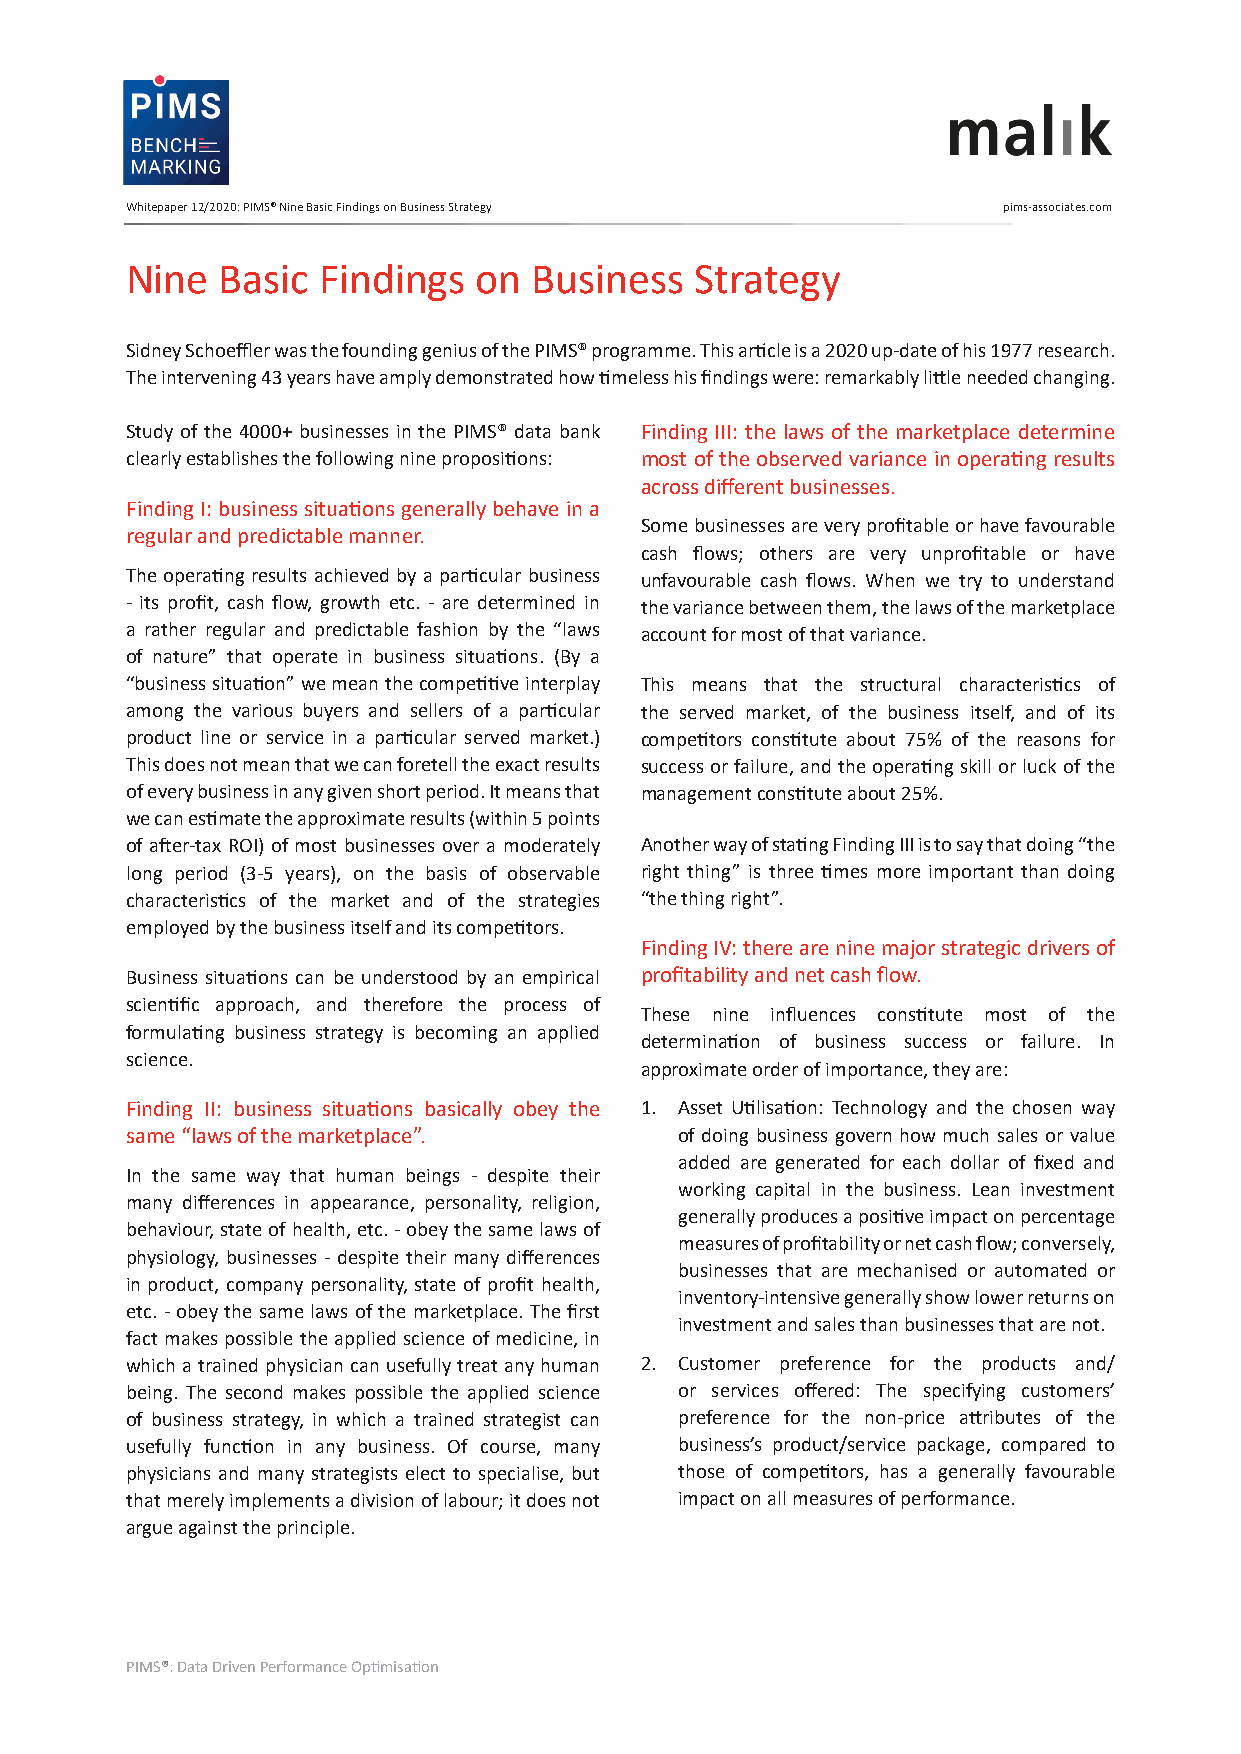
Whitepaper 12/2020: PIMS® Nine Basic Findings on Business Strategy pims-associates.com
 Nine  Basic  Findings   on Business   Strategy
 Sidney Schoeffler was the founding genius of the PIMS® programme. This article is a 2020 up-date of his 1977 research.
 The intervening 43 years have amply demonstrated how timeless his findings were: remarkably little needed changing.
 Study of the 4000+ businesses in the PIMS® data bank Finding III: the laws of the marketplace determine
 clearly establishes the following nine propositions: most of the observed variance in operating results
 across different businesses.
 Finding I: business situations generally behave in a
 Some businesses are very profitable or have favourable
 regular and predictable manner.
 cash flows; others are very unprofitable or have
 The operating results achieved by a particular business unfavourable cash flows. When we try to understand
 - its profit, cash flow, growth etc. - are determined in the variance between them, the laws of the marketplace
 a rather regular and predictable fashion by the “laws account for most of that variance.
 of nature” that operate in business situations. (By a
 “business situation” we mean the competitive interplay This means that the structural characteristics of
 among the various buyers and sellers of a particular the served market, of the business itself, and of its
 product line or service in a particular served market.) competitors constitute about 75% of the reasons for
 This does not mean that we can foretell the exact results success or failure, and the operating skill or luck of the
 of every business in any given short period. It means that management constitute about 25%.
 we can estimate the approximate results (within 5 points
 of after-tax ROI) of most businesses over a moderately Another way of stating Finding III is to say that doing “the
 long period (3-5 years), on the basis of observable right thing” is three times more important than doing
 characteristics of the market and of the strategies “the thing right”.
 employed by the business itself and its competitors.
 Finding IV: there are nine major strategic drivers of
 Business situations can be understood by an empirical profitability and net cash flow.
 scientific approach, and therefore the process of
 These nine influences constitute most of the
 formulating business strategy is becoming an applied
 determination of business success or failure. In
 science.
 approximate order of importance, they are:
 Finding II: business situations basically obey the 1. Asset Utilisation: Technology and the chosen way
 same “laws of the marketplace”.      of doing business govern how much sales or value
 added are generated for each dollar of fixed and
 In the same way that human beings - despite their
 working capital in the business. Lean investment
 many differences in appearance, personality, religion,
 generally produces a positive impact on percentage
 behaviour, state of health, etc. - obey the same laws of
 measures of profitability or net cash flow; conversely,
 physiology, businesses - despite their many differences
 businesses that are mechanised or automated or
 in product, company personality, state of profit health,
 inventory-intensive generally show lower returns on
 etc. - obey the same laws of the marketplace. The first
 investment and sales than businesses that are not.
 fact makes possible the applied science of medicine, in
 which a trained physician can usefully treat any human 2. Customer preference for the products and/
 being. The second makes possible the applied science or services offered: The specifying customers’
 of business strategy, in which a trained strategist can preference for the non-price attributes of the
 usefully function in any business. Of course, many business’s product/service package, compared to
 physicians and many strategists elect to specialise, but those of competitors, has a generally favourable
 that merely implements a division of labour; it does not impact on all measures of performance.
 argue against the principle.
 PIMS®: Data Driven Performance Optimisation